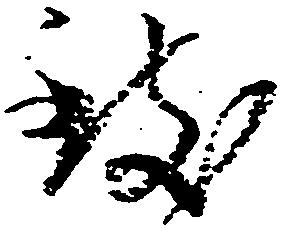
致